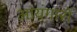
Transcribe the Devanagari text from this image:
आयंगारों